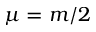
\mu = m / 2